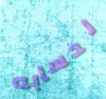
لحسابه